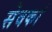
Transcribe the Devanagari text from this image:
सेवकां